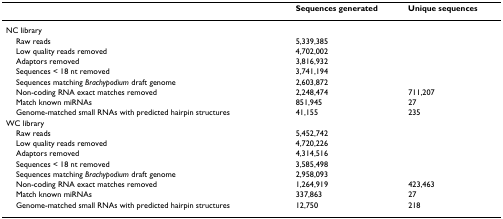
<table><thead><tr><td></td><td><b>Sequences generated</b></td><td><b>Unique sequences</b></td></tr></thead><tbody><tr><td>NC library</td><td></td><td></td></tr><tr><td> Raw reads</td><td>5,339,385</td><td></td></tr><tr><td> Low quality reads removed</td><td>4,702,002</td><td></td></tr><tr><td> Adaptors removed</td><td>3,816,932</td><td></td></tr><tr><td> Sequences &lt; 18 nt removed</td><td>3,741,194</td><td></td></tr><tr><td> Sequences matching <i>Brachypodium </i>draft genome</td><td>2,603,872</td><td></td></tr><tr><td> Non-coding RNA exact matches removed</td><td>2,248,474</td><td>711,207</td></tr><tr><td> Match known miRNAs</td><td>851,945</td><td>27</td></tr><tr><td> Genome-matched small RNAs with predicted hairpin structures</td><td>41,155</td><td>235</td></tr><tr><td>WC library</td><td></td><td></td></tr><tr><td> Raw reads</td><td>5,452,742</td><td></td></tr><tr><td> Low quality reads removed</td><td>4,720,226</td><td></td></tr><tr><td> Adaptors removed</td><td>4,314,516</td><td></td></tr><tr><td> Sequences &lt; 18 nt removed</td><td>3,585,498</td><td></td></tr><tr><td> Sequences matching <i>Brachypodium </i>draft genome</td><td>2,958,093</td><td></td></tr><tr><td> Non-coding RNA exact matches removed</td><td>1,264,919</td><td>423,463</td></tr><tr><td> Match known miRNAs</td><td>337,863</td><td>27</td></tr><tr><td> Genome-matched small RNAs with predicted hairpin structures</td><td>12,750</td><td>218</td></tr></tbody></table>